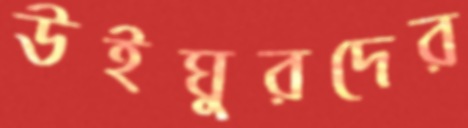
উইঘুরদের